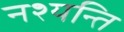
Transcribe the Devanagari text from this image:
नश्यन्ति